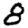
Digit: 8